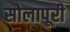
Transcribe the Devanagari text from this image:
सोलापूरी